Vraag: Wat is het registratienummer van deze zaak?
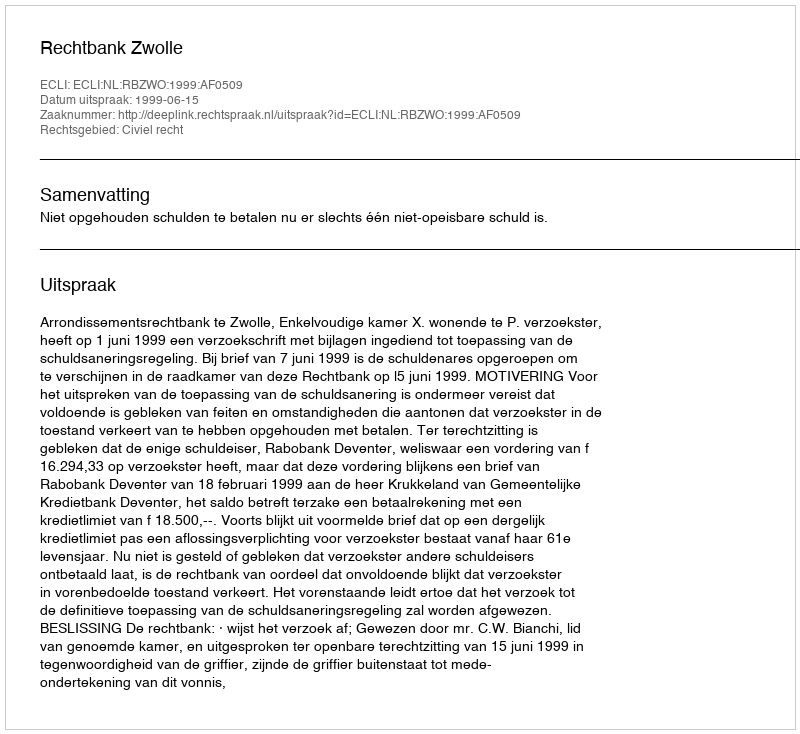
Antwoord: http://deeplink.rechtspraak.nl/uitspraak?id=ECLI:NL:RBZWO:1999:AF0509